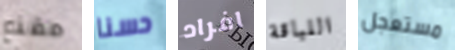
مقنع حسنا افراد اللباقة مستعجل